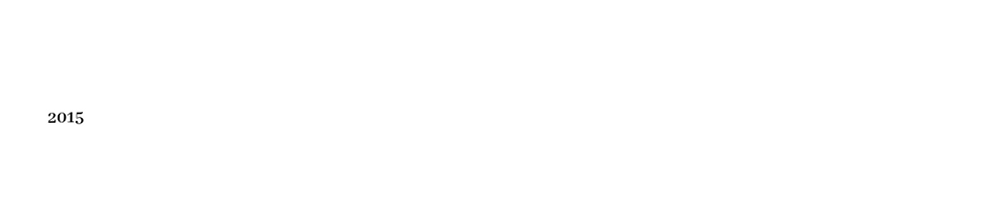

2015